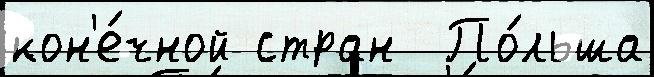
кон'е́чной стран  По́льша